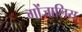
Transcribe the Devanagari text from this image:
गोंजालिस